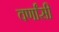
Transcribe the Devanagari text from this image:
वर्णांसी